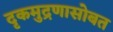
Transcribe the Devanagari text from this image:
दृकमुद्रणासोबत